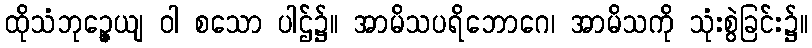
ထိုသံဘုဉ္ဇေယျ ဝါ စသော ပါဌ်၌။ အာမိသပရိဘောဂေ၊ အာမိသကို သုံးစွဲခြင်း၌။